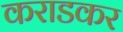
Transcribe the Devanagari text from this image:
कराडकर